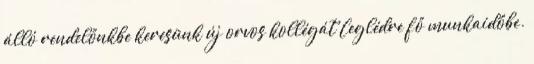
álló rendelőnkbe keresünk új orvos kollégát Ceglédre fő munkaidőbe.